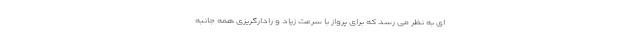
ای به نظر می رسد که برای پرواز با سرعت زیاد و رادارگریزی همه جانبه